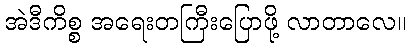
အဲဒီကိစ္စ အရေးတကြီးပြောဖို့ လာတာလေ။